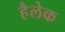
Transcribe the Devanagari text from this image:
हैलेक